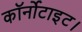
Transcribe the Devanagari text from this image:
कॉर्नोटाइट।